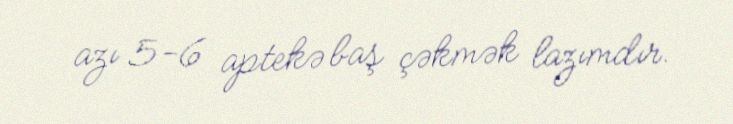
azı 5-6 aptekə baş çəkmək lazımdır.